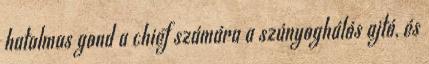
hatalmas gond a chief számára a szúnyoghálós ajtó, és